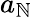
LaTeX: a_{\mathbb{N}}